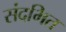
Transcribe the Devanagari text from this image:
संदभित